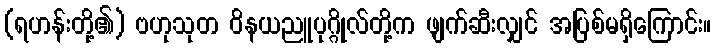
(ရဟန်းတို့၏) ဗဟုသုတ ဝိနယညူပုဂ္ဂိုလ်တို့က ဖျက်ဆီးလျှင် အပြစ်မရှိကြောင်း။